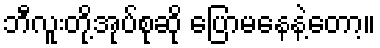
ဘီလူးတို့အုပ်စုဆို ပြောမနေနဲ့တော့။